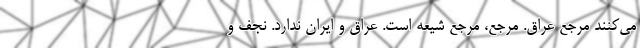
می‌کنند مرجع عراق. مرجع،‌ مرجع شیعه است. عراق و ایران ندارد. نجف و